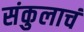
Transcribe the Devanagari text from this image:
संकुलाचं